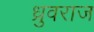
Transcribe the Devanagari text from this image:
ध्रुवराज